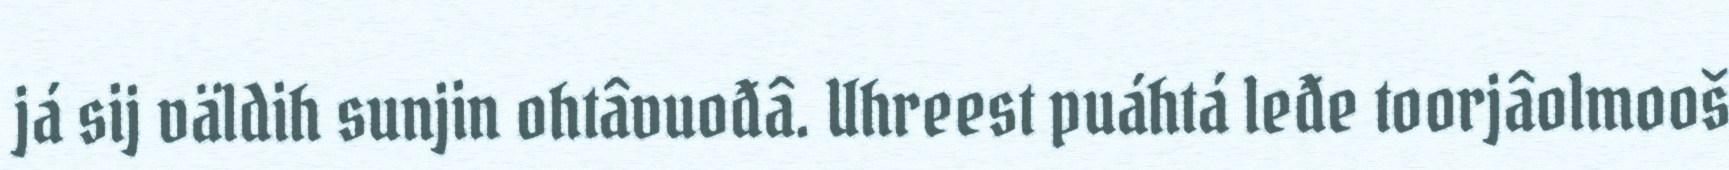
já sij väldih sunjin ohtâvuođâ. Uhreest puáhtá leđe toorjâolmooš